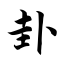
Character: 卦